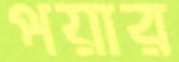
পয়ার